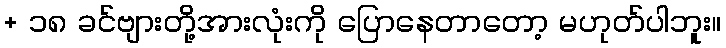
+ ၁၈ ခင်ဗျားတို့အားလုံးကို ပြောနေတာတော့ မဟုတ်ပါဘူး။